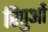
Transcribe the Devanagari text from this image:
रिपुओं